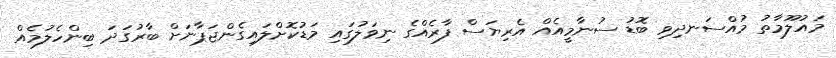
މައުލޫމާތު މުއްސަނދިވި ބޮޑު ސުނާމީއެއް އެރިޔަސް ފާރެއްގެ ނިވަލުގައި މަޑުކޮށްލައިގެންޖަޕާނަށް ބާރުގަދަ ބިންހެލުމެއް